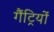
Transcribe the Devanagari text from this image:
गैंट्रियों